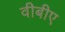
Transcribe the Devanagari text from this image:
वीबीए